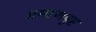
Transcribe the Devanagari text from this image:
प्रमाणपुष्ट